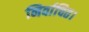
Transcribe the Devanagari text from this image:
निर्वाचित।